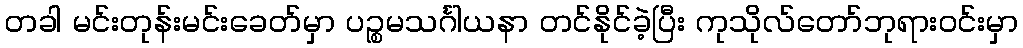
တခါ မင်းတုန်းမင်းခေတ်မှာ ပဉ္စမသင်္ဂါယနာ တင်နိုင်ခဲ့ပြီး ကုသိုလ်တော်ဘုရားဝင်းမှာ